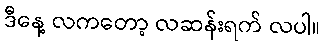
ဒီနေ့ လကတော့ လဆန်းရက် လပါ။